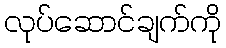
လုပ်ဆောင်ချက်ကို